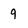
Character: 9